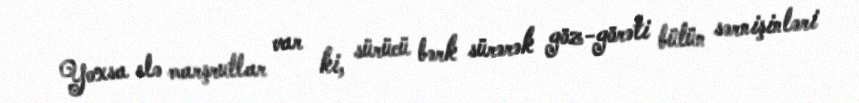
Yoxsa elə marşrutlar var ki, sürücü bərk sürərək göz-görəti bütün sərnişinləri